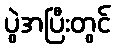
ပွဲအပြီးတွင်